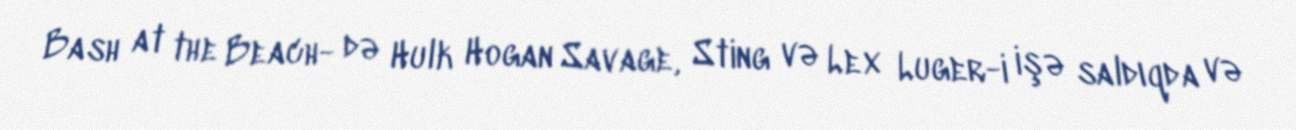
Bash at the Beach- də Hulk Hogan Savage, Sting və Lex Luger-i işə saldıqda və